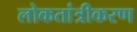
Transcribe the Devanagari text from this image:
लोकतांत्रीकरण